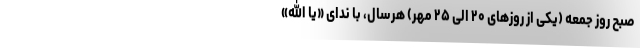
صبح روز جمعه (یکی از روزهای ۲۰ الی ۲۵ مهر) هرسال، با ندای «یا الله»